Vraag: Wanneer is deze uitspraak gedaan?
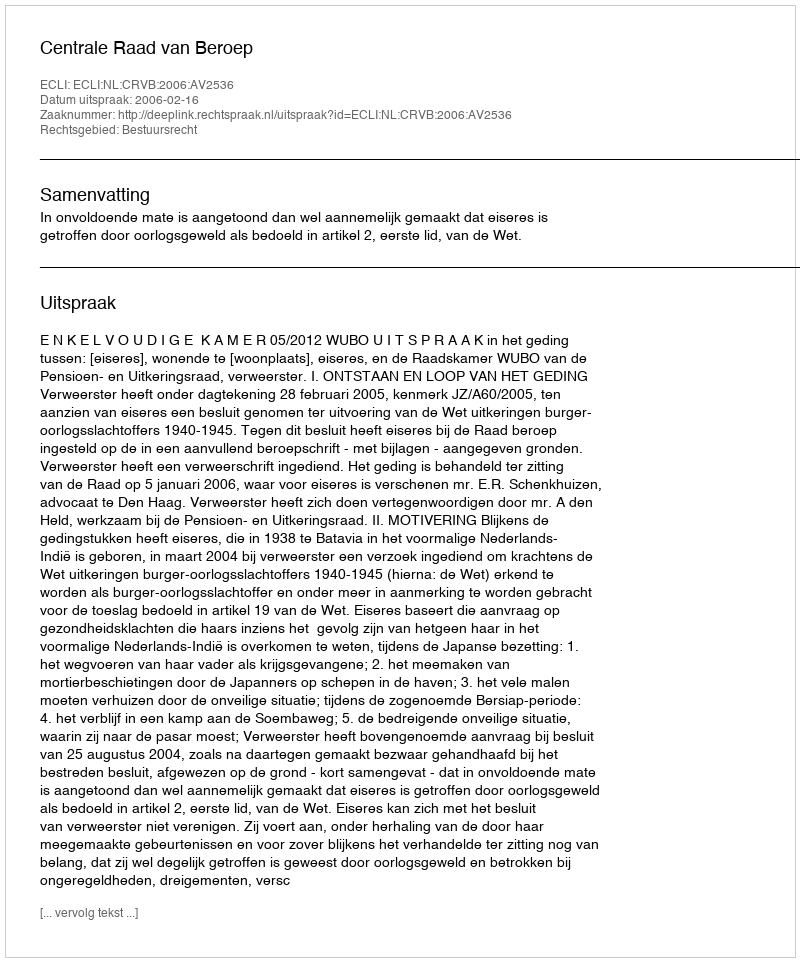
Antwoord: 2006-02-16